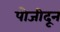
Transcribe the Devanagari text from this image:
पोजीदून